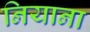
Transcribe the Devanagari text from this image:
नियाना